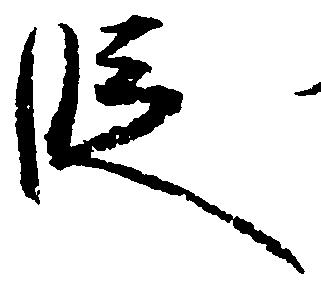
段